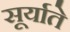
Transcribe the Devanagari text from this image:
सूर्याते